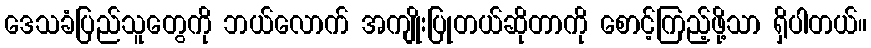
ဒေသခံပြည်သူတွေကို ဘယ်လောက် အကျိုးပြုတယ်ဆိုတာကို စောင့်ကြည့်ဖို့သာ ရှိပါတယ်။